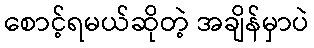
စောင့်ရမယ်ဆိုတဲ့ အချိန်မှာပဲ